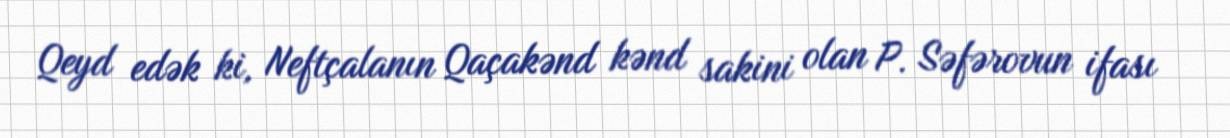
Qeyd edək ki, Neftçalanın Qaçakənd kənd sakini olan P. Səfərovun ifası